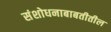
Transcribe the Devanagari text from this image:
संशोधनाबाबतीतील